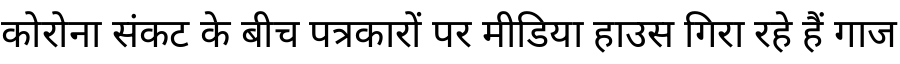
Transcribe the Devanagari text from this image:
कोरोना संकट के बीच पत्रकारों पर मीडिया हाउस गिरा रहे हैं गाज